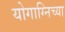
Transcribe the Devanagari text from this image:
योगाग्निच्या